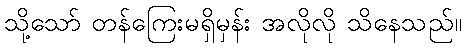
သို့သော် တန်ကြေးမရှိမှန်း အလိုလို သိနေသည်။